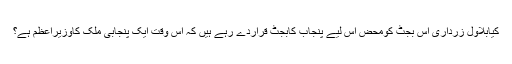
کیابلاول زرداری اِس بجٹ کومحض اِس لیے پنجاب کابجٹ قراردے رہے ہیں کہ اِس وقت ایک پنجابی ملک کاوزیرِاعظم ہے؟